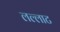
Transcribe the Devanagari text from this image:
लल्लाट